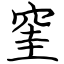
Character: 窐